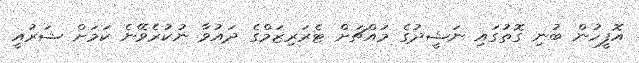
އޮފީހުން ބުނި ގޮތުގައި ނަޝީދުގެ މައްޗަށް ޓެރަރިޒަމްގެ ދައުވާ ނުކުރެވޭނެ ކަމަށް ޝަރުއީ